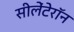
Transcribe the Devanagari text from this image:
सीलेंटेरॉन